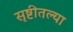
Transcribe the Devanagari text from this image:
सृष्टीतल्या